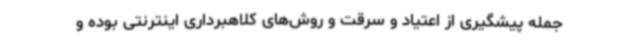
جمله پیشگیری از اعتیاد و سرقت و روش‌های کلاهبرداری اینترنتی بوده و